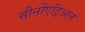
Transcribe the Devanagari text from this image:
सीनोंएट्रिअल